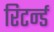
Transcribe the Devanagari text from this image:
रिटर्न्ड